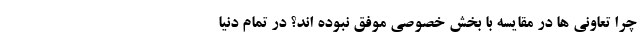
چرا تعاونی ها در مقایسه با بخش خصوصی موفق نبوده اند؟ در تمام دنیا